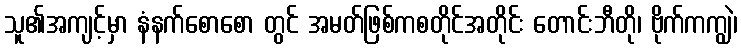
သူ၏အကျင့်မှာ နံနက်စောစော တွင် အမတ်ဖြစ်ကစတိုင်အတိုင်း တောင်းဘီတို၊ ဗိုက်ကကျွဲ၊